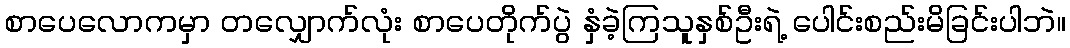
စာပေလောကမှာ တလျှောက်လုံး စာပေတိုက်ပွဲ နှံခဲ့ကြသူနှစ်ဦးရဲ့ ပေါင်းစည်းမိခြင်းပါဘဲ။